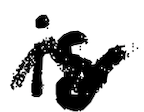
Text: is
Cross-out: wave
Writing tool: digital_black